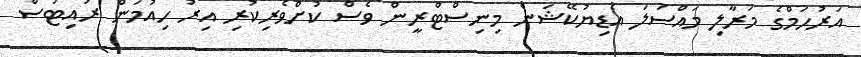
އަރުހަމްގެ މަރާލި މައްސަލަ އެޑިޔުކޭޝަން މިނިސްޓްރީން ވެސް ކުށްވެރިކުރި އިރު ހިއުމަން ރައިޓުސް